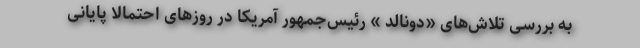
به بررسی تلاش‌های «دونالد » رئیس‌جمهور آمریکا در روزهای احتمالا پایانی